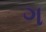
ગ